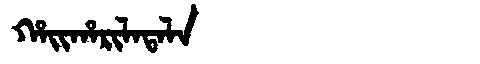
Manchu: ᡥᠠᡳᡥᠠᡵᡳᠯᠠᡨᠠᠯᠠ
Romanization: HAIHARILATALA